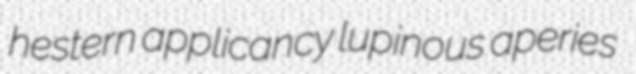
hestern applicancy lupinous aperies